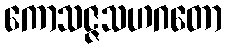
ကောသဇ္ဇသဟဂတော